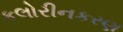
કલોરીનકરણ